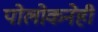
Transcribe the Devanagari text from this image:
पोलोकनेही